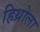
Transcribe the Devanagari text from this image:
हिथ्रोला